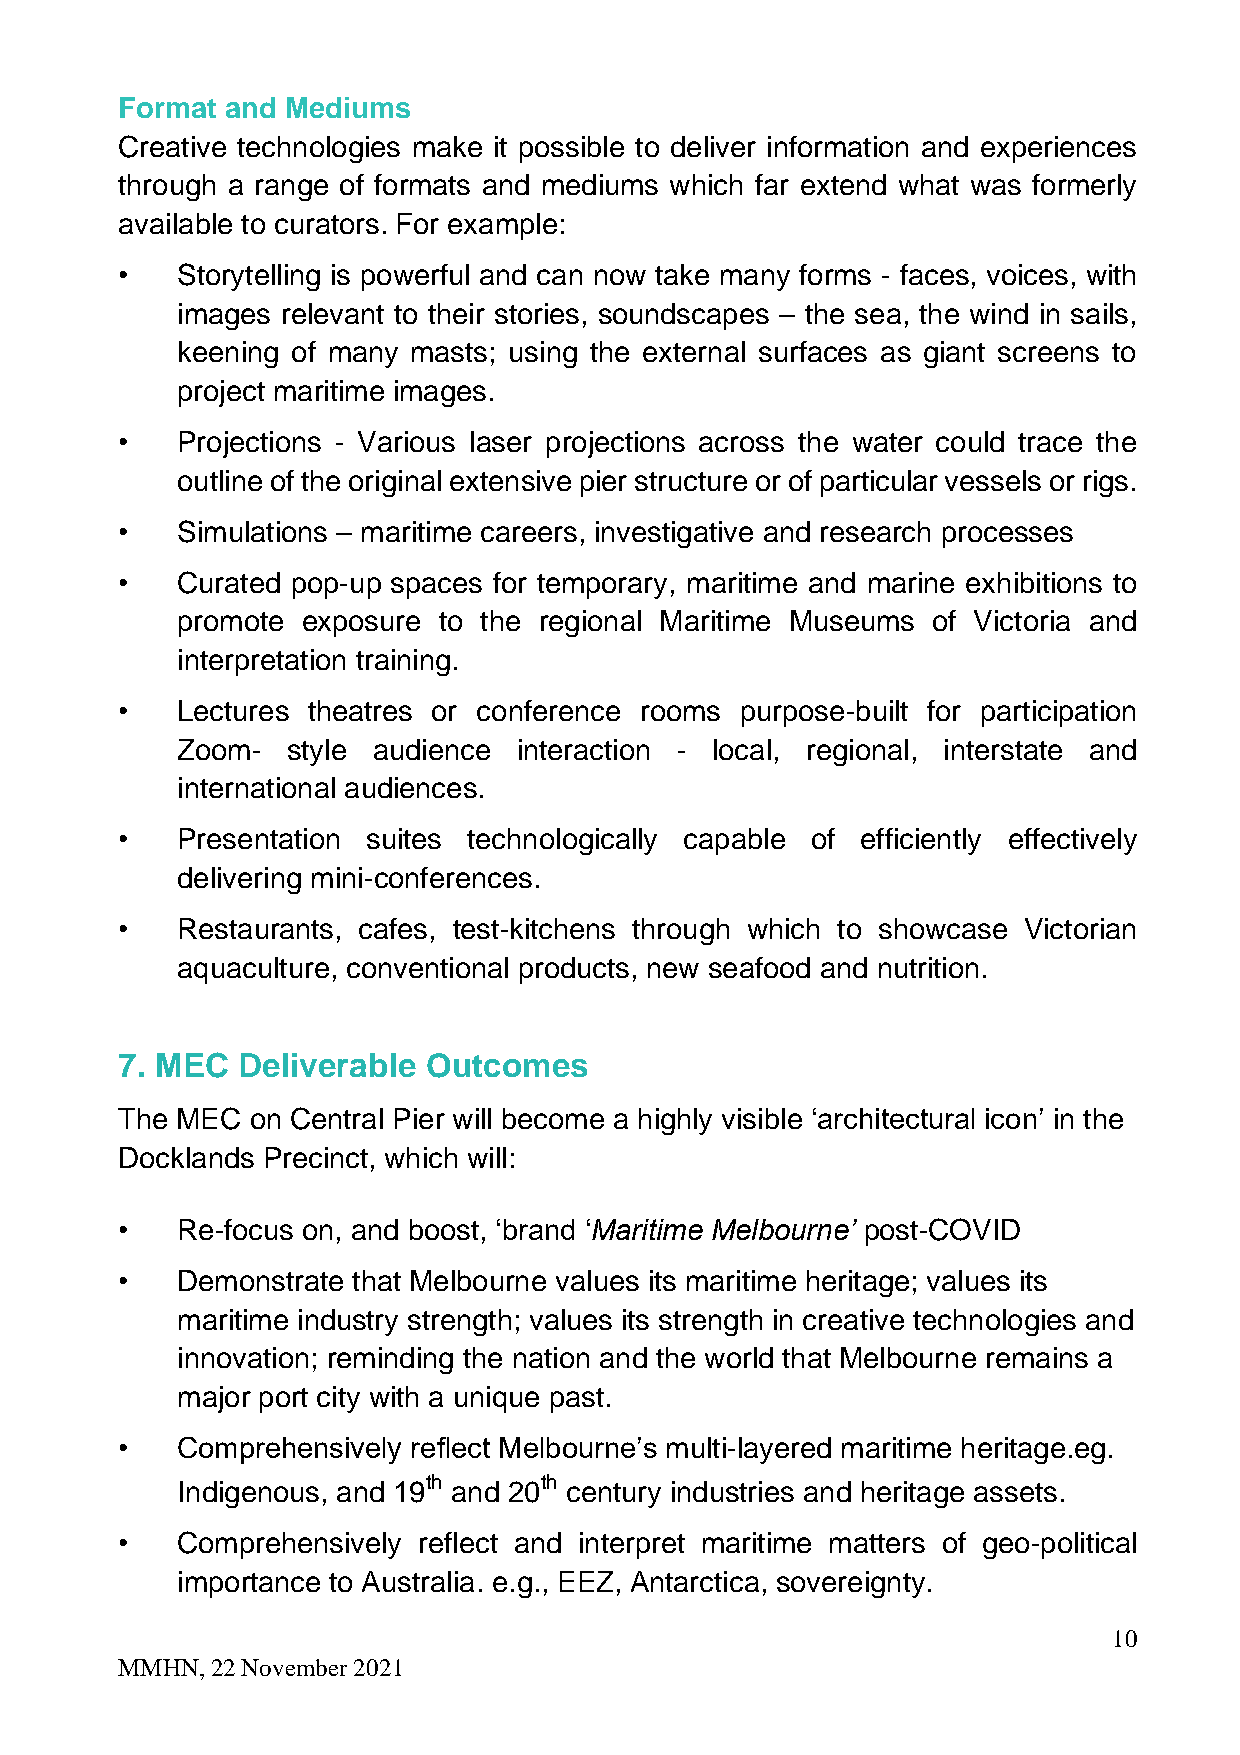
Format and Mediums
 Creative technologies make it possible to deliver information and experiences
 through a range of formats and mediums which far extend what was formerly
 available to curators. For example:
 •   Storytelling is powerful and can now take many forms - faces, voices, with
 images relevant to their stories, soundscapes – the sea, the wind in sails,
 keening of many masts; using the external surfaces as giant screens to
 project maritime images.
 •   Projections - Various laser projections across the water could trace the
 outline of the original extensive pier structure or of particular vessels or rigs.
 •   Simulations – maritime careers, investigative and research processes
 •   Curated pop-up spaces for temporary, maritime and marine exhibitions to
 promote exposure to the regional Maritime Museums of Victoria and
 interpretation training.
 •   Lectures theatres or conference rooms purpose-built for participation
 Zoom-  style audience interaction - local, regional, interstate and
 international audiences.
 •   Presentation suites technologically capable of efficiently effectively
 delivering mini-conferences.
 •   Restaurants, cafes, test-kitchens through which to showcase Victorian
 aquaculture, conventional products, new seafood and nutrition.
 7. MEC  Deliverable Outcomes
 The MEC  on Central Pier will become a highly visible ‘architectural icon’ in the
 Docklands Precinct, which will:
 •   Re-focus on, and boost, ‘brand ‘Maritime Melbourne’ post-COVID
 •   Demonstrate that Melbourne values its maritime heritage; values its
 maritime industry strength; values its strength in creative technologies and
 innovation; reminding the nation and the world that Melbourne remains a
 major port city with a unique past.
 •   Comprehensively reflect Melbourne’s multi-layered maritime heritage.eg.
 th      th
 Indigenous, and 19 and 20 century industries and heritage assets.
 •   Comprehensively reflect and interpret maritime matters of geo-political
 importance to Australia. e.g., EEZ, Antarctica, sovereignty.
 10
 MMHN, 22 November 2021